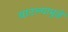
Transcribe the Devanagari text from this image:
वाटल्यामुळें